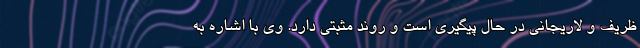
ظریف و لاریجانی در حال پیگیری است و روند مثبتی دارد. وی با اشاره به